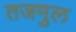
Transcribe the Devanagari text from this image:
तजमुल